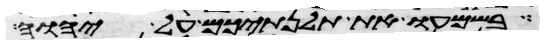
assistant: בשמעו את תלנתיכם על יהוה